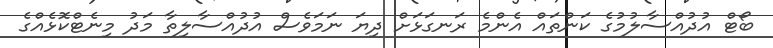
ބޯޓް އުދުއްސާލުމުގެ ކަންތައް އެންމެ ރަނގަޅަށް ދިޔަ ނަމަވެސް އުދުއްސާލިތާ މަދު މިނެޓްކޮޅެއްގެ